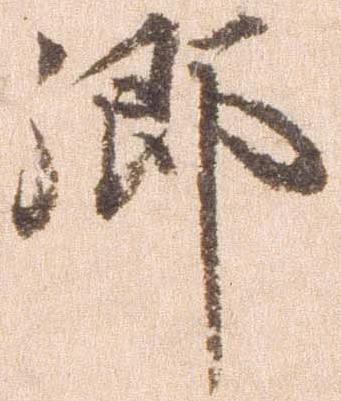
郷